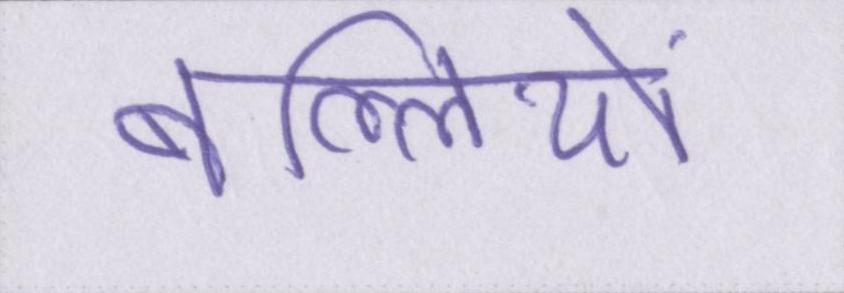
बल्लियों